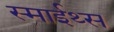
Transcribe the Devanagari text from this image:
स्माईथ्स